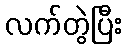
လက်တွဲပြီး